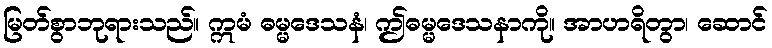
မြတ်စွာဘုရားသည်။ ဣမံ ဓမ္မဒေသနံ၊ ဤဓမ္မဒေသနာကို။ အာဟရိတွာ၊ ဆောင်